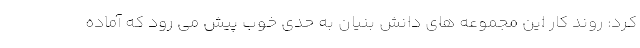
کرد: روند کار این مجموعه های دانش بنیان به حدی خوب پیش می رود که آماده